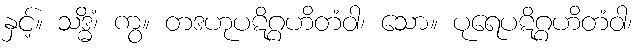
နှင့်။ သဒ္ဓိံ၊ ကွ။ တဒဟုပဋိဂ္ဂဟိတံဝါ၊ သော။ ပုရေပဋိဂ္ဂဟိတံဝါ၊